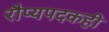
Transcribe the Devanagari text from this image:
रौप्यपदकही